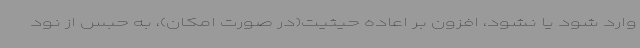
وارد شود یا نشود، افزون بر اعاده حیثیت(در صورت امکان)، به حبس از نود